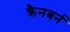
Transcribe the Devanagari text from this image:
क्रैनबर्न